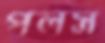
পলস